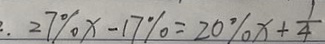
2 7 \% x - 1 7 \% = 2 0 \% x + \frac { 1 } { 4 }